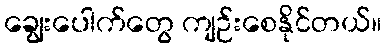
ချွေးပေါက်တွေ ကျဉ်းစေနိုင်တယ်။